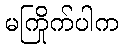
မကြိုက်ပါက